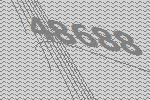
48688